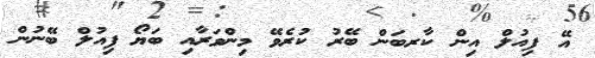
އޭ ފިއުލް އިން ކާރބަން ބޭރު ކުރެވޭ މިންވަރާއި ބަޔޯ ފިއުލް ބޭނުން